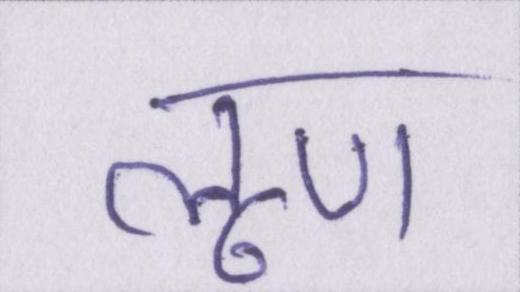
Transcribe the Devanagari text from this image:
लूण